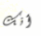
أنك